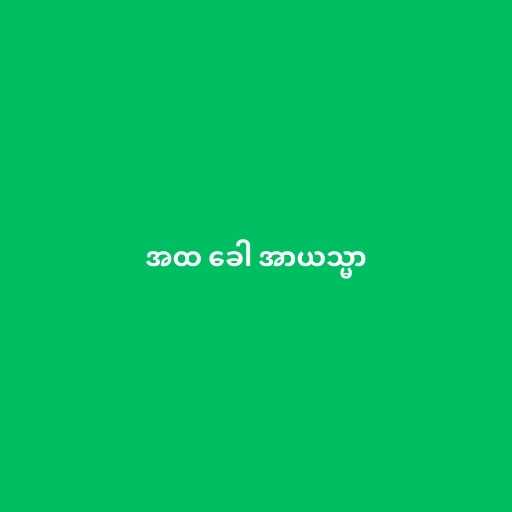
အထ ခေါ အာယသ္မာ